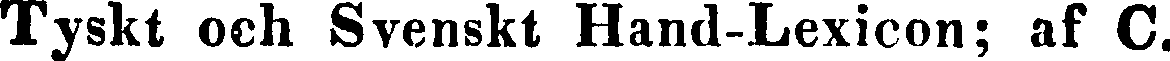
Tyskt och Svenskt Hand-Lexicon; af C.